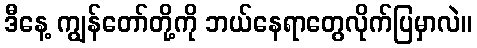
ဒီနေ့ ကျွန်တော်တို့ကို ဘယ်နေရာတွေလိုက်ပြမှာလဲ။